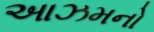
આઝમનો